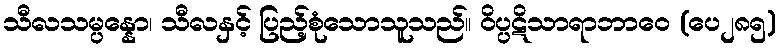
သီလသမ္ပန္နော၊ သီလနှင့် ပြည့်စုံသောသူသည်။ ဝိပ္ပဋိသာရာဘာဝေ (ပေ၂၈၅)